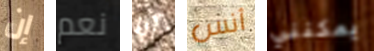
إن نعم أنا أنس يمكنني